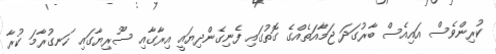
ކުރިންވެސް އައިއެސް ބާރުގަދަ ޖަމާއަތެއްގެ ގޮތުގައި ފެނިގެންދިޔައީ އިރާގާއި ސޫރިޔާގައި ހަނގުރާމަ ކުރާ